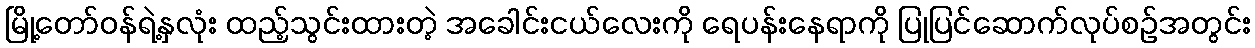
မြို့တော်ဝန်ရဲ့နှလုံး ထည့်သွင်းထားတဲ့ အခေါင်းငယ်လေးကို ရေပန်းနေရာကို ပြုပြင်ဆောက်လုပ်စဥ်အတွင်း